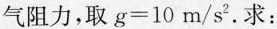
气阻力，取$$g = 1 0 m / s ^ { 2 }$$.求：